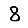
Digit: 8